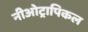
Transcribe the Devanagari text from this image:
नीओट्रापिकल